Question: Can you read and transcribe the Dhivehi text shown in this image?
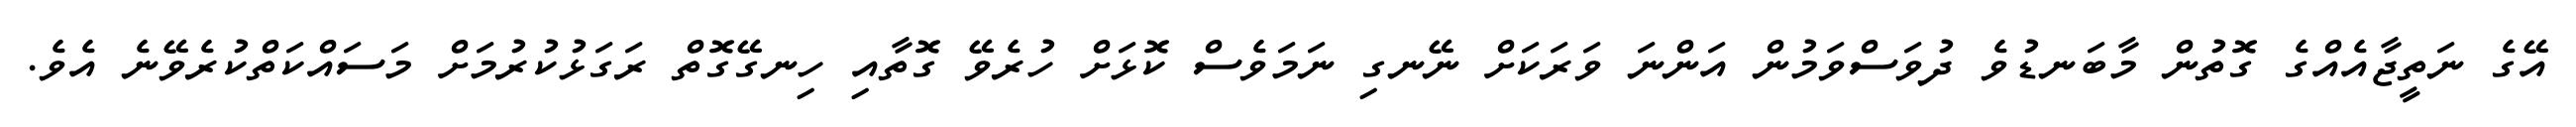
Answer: އޭގެ ނަތީޖާއެއްގެ ގޮތުން މާބަނޑުވެ ދުވަސްވަމުން އަންނަ ވަރަކަށް ނޭނގި ނަމަވެސް ކޮޅަށް ހުރެވޭ ގޮތާއި ހިނގޭގޮތް ރަގަޅުކުރުމަށް މަސައްކަތްކުރެވޭނެ އެވެ.